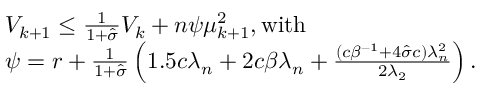
\begin{array} { r l } & { V _ { k + 1 } \leq \frac { 1 } { 1 + \hat { \sigma } } V _ { k } + n \psi \mu _ { k + 1 } ^ { 2 } , \mathrm { w i t h } } \\ & { \psi = r + \frac { 1 } { 1 + \hat { \sigma } } \left( 1 . 5 c \lambda _ { n } + 2 c { \beta } \lambda _ { n } + \frac { ( c \beta ^ { - 1 } + 4 \hat { \sigma } c ) \lambda _ { n } ^ { 2 } } { 2 \lambda _ { 2 } } \right) . } \end{array}